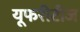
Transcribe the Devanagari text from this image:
यूफरीटीज